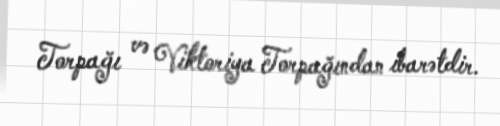
Torpağı və Viktoriya Torpağından ibarətdir.